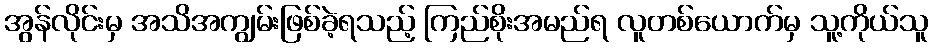
အွန်လိုင်းမှ အသိအကျွမ်းဖြစ်ခဲ့ရသည့် ကြည်စိုးအမည်ရ လူတစ်ယောက်မှ သူ့ကိုယ်သူ